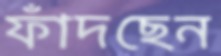
ফাঁদছেন